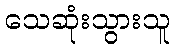
သေဆုံးသွားသူ